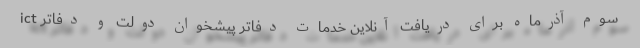
سوم آذرماه برای دریافت آنلاین خدمات دفاتر پیشخوان دولت و دفاتر ict